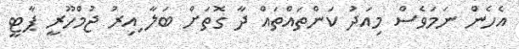
އެހެން ނަމަވެސް މިއަދު ކަންތައްތައް ދާ ގޮތަށް ބަލާ ިއިރު ޖުމްހޫރީ ޕާޓީ